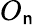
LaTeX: O_{\mathsf{n}}